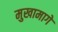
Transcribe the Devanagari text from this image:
मुखामागे